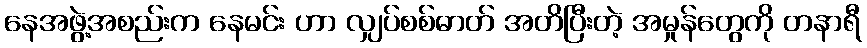
နေအဖွဲ့အစည်းက နေမင်း ဟာ လျှပ်စစ်ဓာတ် အတိပြီးတဲ့ အမှုန်တွေကို တနာရီ